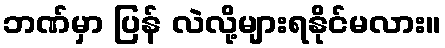
ဘဏ်မှာ ပြန် လဲလို့များရနိုင်မလား။